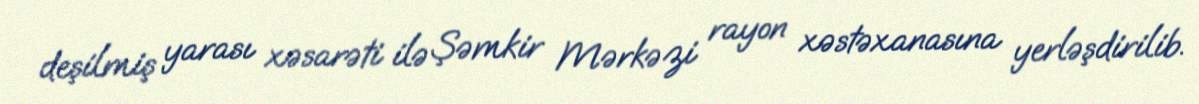
deşilmiş yarası xəsarəti ilə Şəmkir Mərkəzi rayon xəstəxanasına yerləşdirilib.